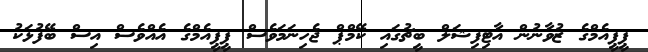
ޕީޕީއެމްގެ ޒުވާނުން އާޓިފިޝަލް ބީޗުގައި ކޭމްޕް ޖެހިނަމަވެސް ޕީޕީއެމްގެ އެއްވެސް އިސް ބޭފުޅަކު